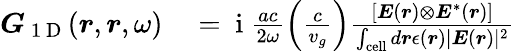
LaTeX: \begin{array}{rl}{\boldsymbol{G}_{\mathrm{~1~D~}}(\boldsymbol{r},\boldsymbol{r},\omega)}&{{}=\mathrm{~i~}\frac{ac}{2\omega}\left(\frac{c}{v_{g}}\right)\frac{[\boldsymbol{E}(\boldsymbol{r})\otimes\boldsymbol{E}^{*}(\boldsymbol{r})]}{\int_{\mathrm{cell}}d\boldsymbol{r}\epsilon(\boldsymbol{r})\lvert\boldsymbol{E}(\boldsymbol{r})\rvert^{2}}}\end{array}